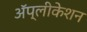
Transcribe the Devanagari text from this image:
ॲप्लीकेशन